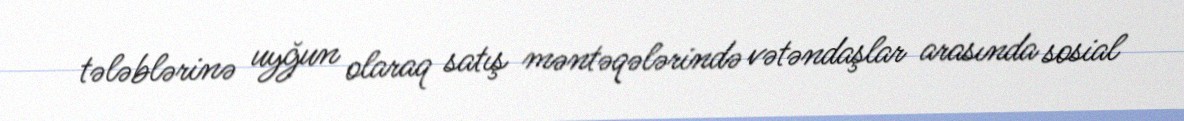
tələblərinə uyğun olaraq satış məntəqələrində vətəndaşlar arasında sosial